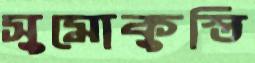
সুমোকুস্তি